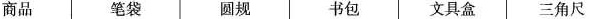
商品 笔袋 圆规 书包 文具盒 三角尺